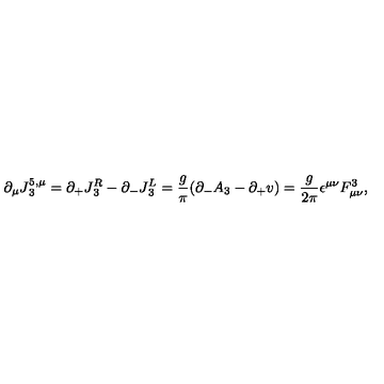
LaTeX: \partial _ { \mu } J { ^ { 5 , \mu } _ { 3 } } = \partial _ { + } J { _ 3 ^ { R } } - \partial _ { - } J { _ 3 ^ { L } } = { \frac { g } { \pi } } ( \partial _ { - } A _ { 3 } - \partial _ { + } v ) = { \frac { g } { 2 \pi } } \epsilon ^ { \mu \nu } F _ { \mu \nu } ^ { 3 } ,